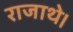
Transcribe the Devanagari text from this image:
राजाथे।